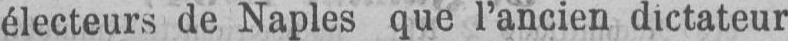
électeurs de Naples que l’ancien dictateur